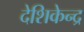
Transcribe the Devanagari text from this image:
देशिकेन्द्र